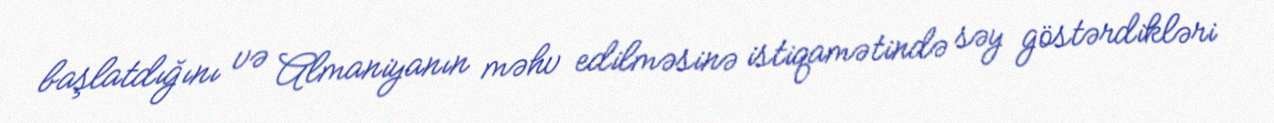
başlatdığını və Almaniyanın məhv edilməsinə istiqamətində səy göstərdikləri